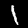
Label: 1